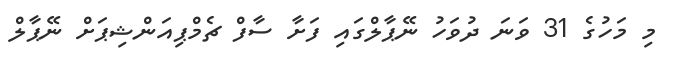
މި މަހުގެ 31 ވަނަ ދުވަހު ނޭޕާލްގައި ފަށާ ސާފް ޗެމްޕިއަންޝިޕަށް ނޭޕާލް